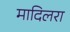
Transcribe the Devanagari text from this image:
मादिलरा